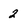
Character: 2